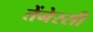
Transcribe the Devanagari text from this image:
तेंनेस्सी